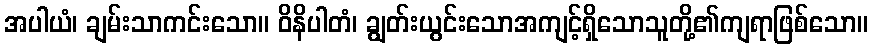
အပါယံ၊ ချမ်းသာကင်းသော။ ဝိနိပါတံ၊ ချွတ်းယွင်းသောအကျင့်ရှိသောသူတို့၏ကျရာဖြစ်သော။